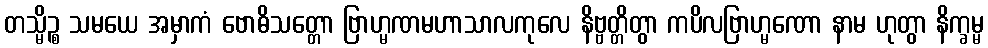
တသ္မိဉ္စ သမယေ အမှာကံ ဗောဓိသတ္တော ဗြာဟ္မဏမဟာသာလကုလေ နိဗ္ဗတ္တိတွာ ကပိလဗြာဟ္မဏော နာမ ဟုတွာ နိက္ခမ္မ